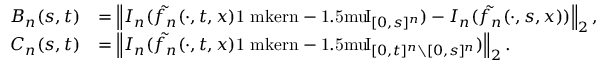
\begin{array} { r l } { B _ { n } ( s , t ) } & { = \left\Vert I _ { n } ( \tilde { f _ { n } } ( \cdot , t , x ) { \mathrm { 1 \ m k e r n - 1 . 5 m u } \! \mathrm { I } } _ { [ 0 , s ] ^ { n } } ) - I _ { n } ( \tilde { f _ { n } } ( \cdot , s , x ) ) \right\Vert _ { 2 } , } \\ { C _ { n } ( s , t ) } & { = \left\Vert I _ { n } ( \tilde { f _ { n } } ( \cdot , t , x ) { \mathrm { 1 \ m k e r n - 1 . 5 m u } \! \mathrm { I } } _ { [ 0 , t ] ^ { n } \setminus [ 0 , s ] ^ { n } } ) \right\Vert _ { 2 } . } \end{array}